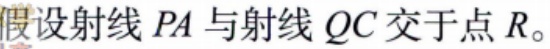
假设射线 \(PA\) 与射线 \(QC\) 交于点 \(R\)。